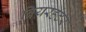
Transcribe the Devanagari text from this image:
बियरहंटर